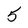
Character: 5